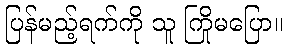
ပြန်မည့်ရက်ကို သူ ကြိုမပြော။